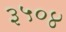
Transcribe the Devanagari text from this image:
३५०४